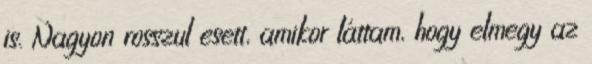
is. Nagyon rosszul esett, amikor láttam, hogy elmegy az